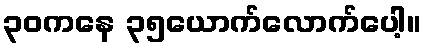
၃၀ကနေ ၃၅ယောက်လောက်ပေါ့။